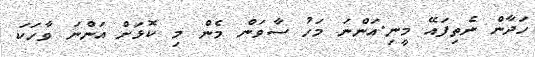
ހަދާން ނެތިފައޭ މީނި.އަންނަ މަހު ސާވަން މެން މި ކޮޅަށް އަންނަ ވާހަކަ